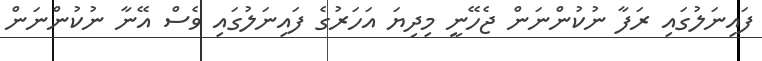
ފައިނަލުގައި ރަފާ ނުކުންނަން ޖެހޭނީ މިދިޔަ އަހަރުގެ ފައިނަލުގައި ވެސް އޭނާ ނުކުންނަން